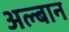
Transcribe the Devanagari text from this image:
अल्बान